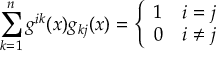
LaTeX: \sum _ { k = 1 } ^ { n } g ^ { i k } ( x ) g _ { k j } ( x ) = { \left\{ \begin{array} { l l } { 1 } & { i = j } \\ { 0 } & { i \neq j } \end{array} \right. }